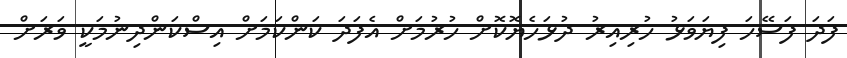
ފަދަ ފަސޭހަ ފިޔަވަޅު ހުރިއިރު ދުޅަހެޔޮކޮށް ހުރުމަށް އެފަދަ ކަންކަމަށް އިސްކަންދިނުމަކީ ވަރަށް